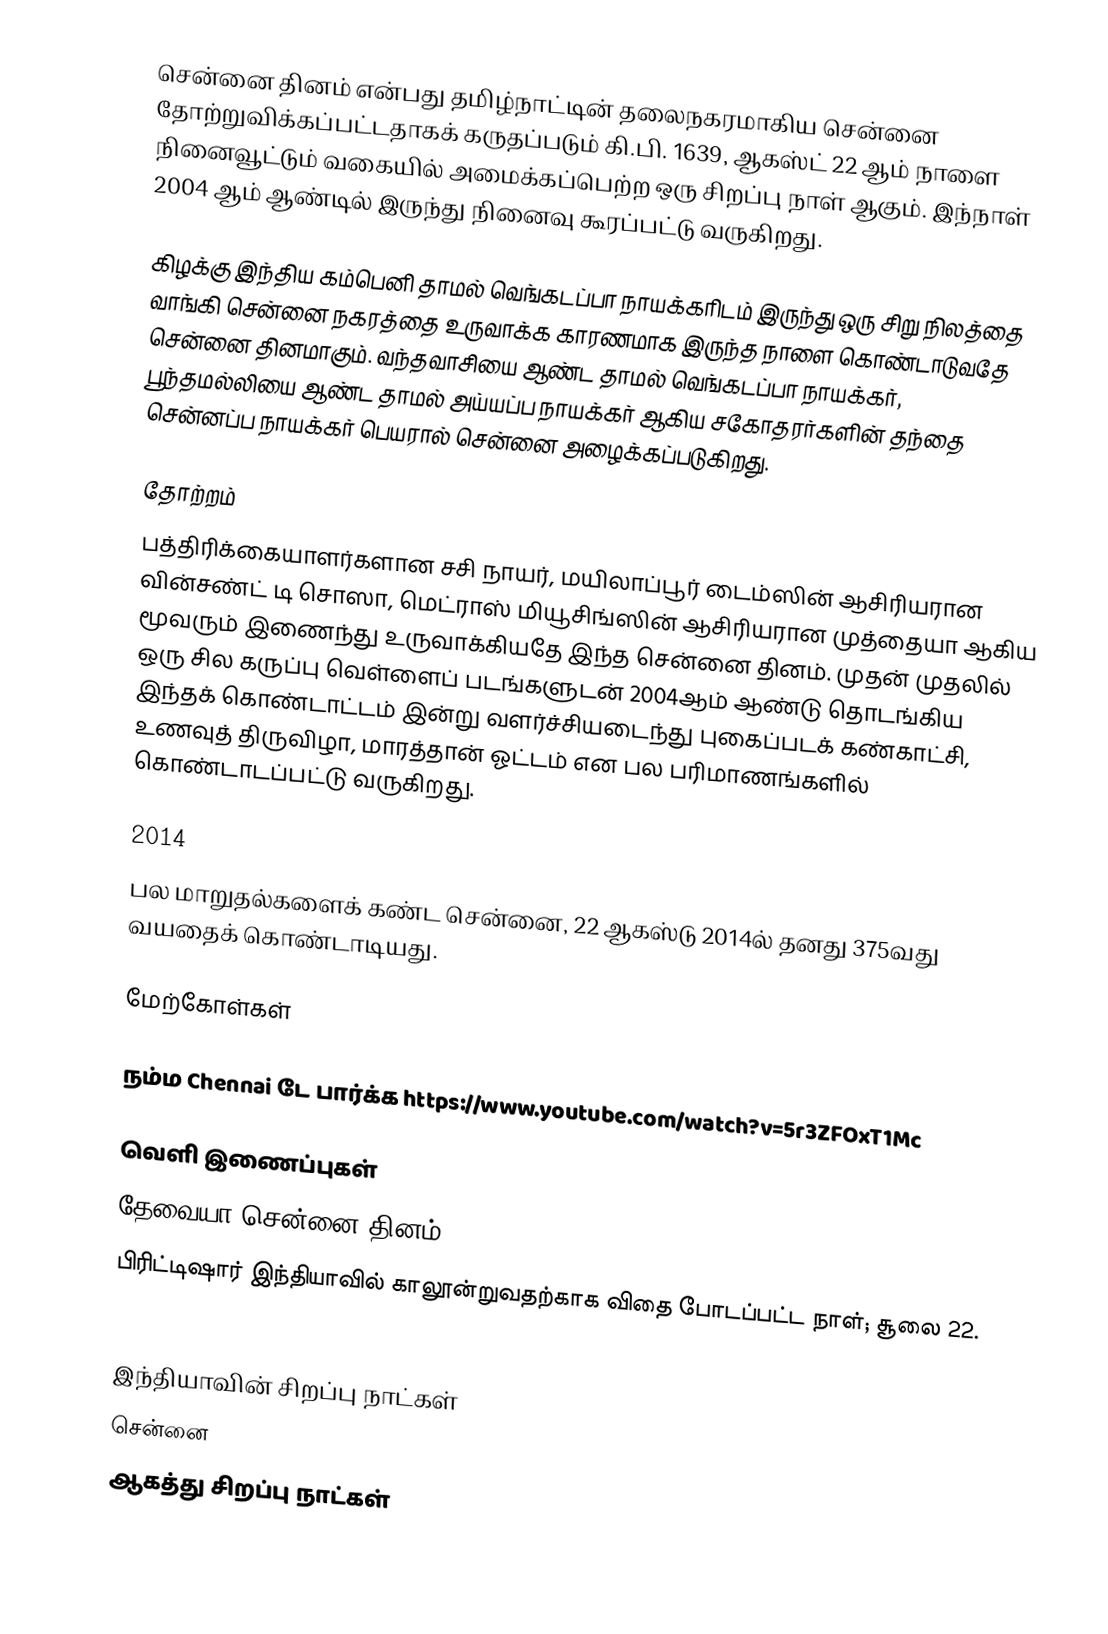
சென்னை தினம் என்பது தமிழ்நாட்டின் தலைநகரமாகிய சென்னை தோற்றுவிக்கப்பட்டதாகக் கருதப்படும் கி.பி. 1639, ஆகஸ்ட் 22 ஆம் நாளை நினைவூட்டும் வகையில் அமைக்கப்பெற்ற ஒரு சிறப்பு நாள் ஆகும். இந்நாள் 2004 ஆம் ஆண்டில் இருந்து நினைவு கூரப்பட்டு வருகிறது.

கிழக்கு இந்திய கம்பெனி தாமல் வெங்கடப்பா நாயக்கரிடம் இருந்து ஒரு சிறு நிலத்தை வாங்கி சென்னை நகரத்தை உருவாக்க காரணமாக இருந்த நாளை கொண்டாடுவதே சென்னை தினமாகும். வந்தவாசியை ஆண்ட தாமல் வெங்கடப்பா நாயக்கர், பூந்தமல்லியை ஆண்ட தாமல் அய்யப்ப நாயக்கர் ஆகிய சகோதரர்களின் தந்தை சென்னப்ப நாயக்கர் பெயரால் சென்னை அழைக்கப்படுகிறது.

தோற்றம்
பத்திரிக்கையாளர்களான சசி நாயர், மயிலாப்பூர் டைம்ஸின் ஆசிரியரான வின்சண்ட் டி சொஸா, மெட்ராஸ் மியூசிங்ஸின் ஆசிரியரான முத்தையா ஆகிய மூவரும் இணைந்து உருவாக்கியதே இந்த சென்னை தினம். முதன் முதலில் ஒரு சில கருப்பு வெள்ளைப் படங்களுடன் 2004ஆம் ஆண்டு தொடங்கிய இந்தக் கொண்டாட்டம் இன்று வளர்ச்சியடைந்து புகைப்படக் கண்காட்சி, உணவுத் திருவிழா, மாரத்தான் ஓட்டம் என பல பரிமாணங்களில் கொண்டாடப்பட்டு வருகிறது.

2014
பல மாறுதல்களைக் கண்ட சென்னை, 22 ஆகஸ்டு 2014ல் தனது 375வது வயதைக் கொண்டாடியது.

மேற்கோள்கள்

 நம்ம Chennai டே பார்க்க https://www.youtube.com/watch?v=5r3ZFOxT1Mc

வெளி இணைப்புகள்
 தேவையா சென்னை தினம்
  பிரிட்டிஷார் இந்தியாவில் காலூன்றுவதற்காக விதை போடப்பட்ட நாள்; சூலை 22.


இந்தியாவின் சிறப்பு நாட்கள்
சென்னை
ஆகத்து சிறப்பு நாட்கள்